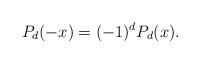
LaTeX: \begin{align*}P_d(-x)=(-1)^d P_d(x).\end{align*}